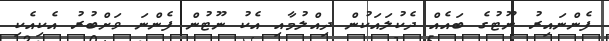
ފެންނައިރު ނޫޓުގެ ބައެއް ދެކުލައަކުން ދިއްލުމާއި އެކު ނޫޓުން ފެންނަ ވަށްބުރު އެކިއެކި